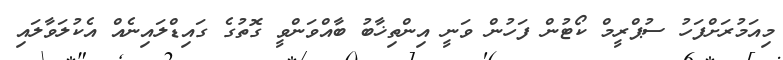
މިއަމުރަށްފަހު ސުޕްރީމް ކޯޓުން ފަހުން ވަނީ އިންތިޚާބު ބާއްވަންވީ ގޮތުގެ ގައިޑްލައިނެއް އެކުލަވާލައި